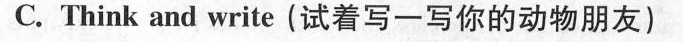
C. Think and write(试着写一写你的动物朋友)